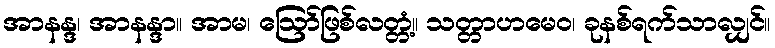
အာနန္ဒ၊ အာနန္ဒာ။ အာမ၊ ဩော်ဖြစ်လတ္တံ့။ သတ္တာဟမေဝ၊ ခုနစ်ရက်သာလျှင်။